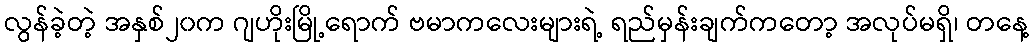
လွန်ခဲ့တဲ့ အနှစ်၂၀က ဂျဟိုးမြို့ရောက် ဗမာကလေးများရဲ့ ရည်မှန်းချက်ကတော့ အလုပ်မရှိ၊ တနေ့